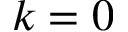
{ k = 0 }